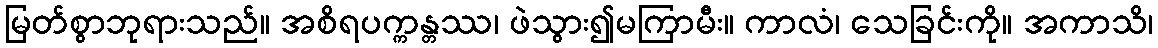
မြတ်စွာဘုရားသည်။ အစိရပက္ကန္တဿ၊ ဖဲသွား၍မကြာမီး။ ကာလံ၊ သေခြင်းကို။ အကာသိ၊